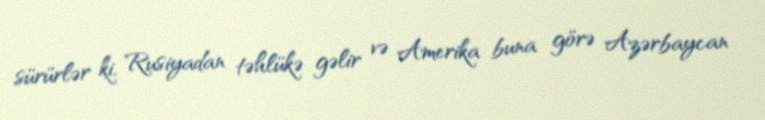
sürürlər ki, Rusiyadan təhlükə gəlir və Amerika buna görə Azərbaycan